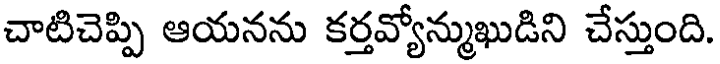
చాటిచెప్పి ఆయనను కర్తవ్యోన్ముఖుడిని చేస్తుంది.